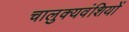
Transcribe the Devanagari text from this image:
चालुक्यवंशियों